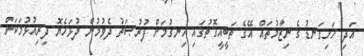
އަދި ހަށިގަނޑުގެ ނިޒާމުތައް އޭގެ ތަބީއީގޮތުގައި ހިނގުމަށް ފުރުޞަތު ދެވުމުން ދުޅަހެޔޮ ދިރިއުޅުމަކަށް